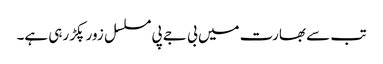
تب سے بھارت میں بی جے پی مسلسل زور پکڑ رہی ہے۔